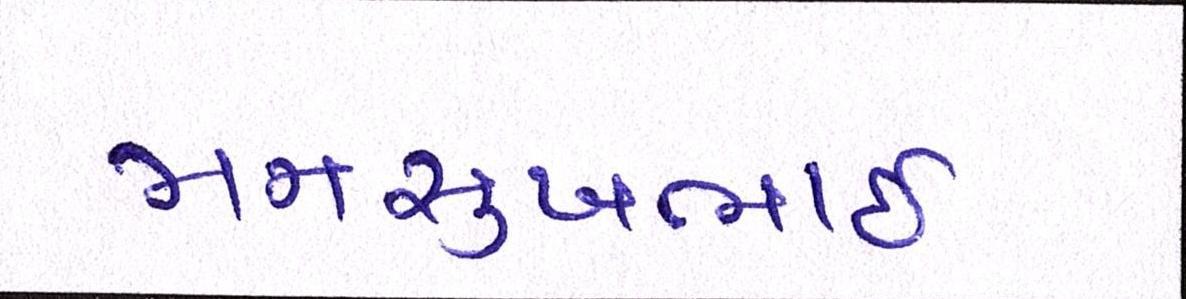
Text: મનસુખભાઈ